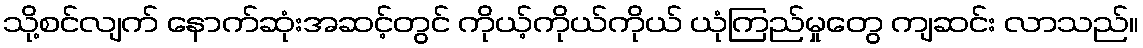
သို့စင်လျက် နောက်ဆုံးအဆင့်တွင် ကိုယ့်ကိုယ်ကိုယ် ယုံကြည်မှုတွေ ကျဆင်း လာသည်။